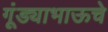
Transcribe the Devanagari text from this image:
गूंड्याभाऊचे